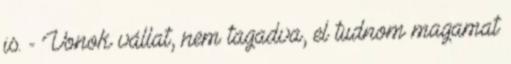
is. - Vonok vállat, nem tagadva, el tudnom magamat